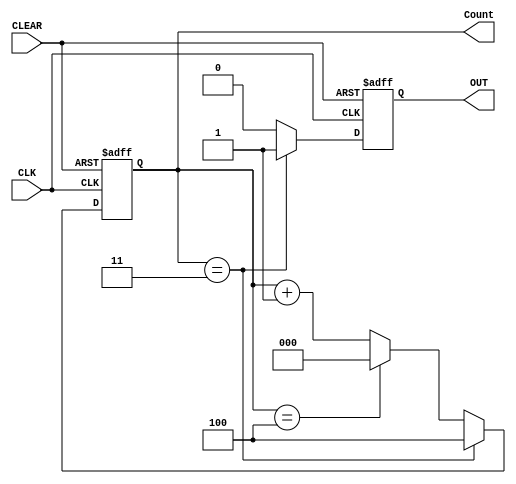


// Behavioural model for 5 state counter (it counts till 5 and produces a signal as soon as a 5th event occurs)
// This is a N stage counter where changing N can allow to triger a signal when Nth event occurs

module divideBy5Counter (CLK, CLEAR, OUT, Count);


	parameter N = 3'd5; // d5 = decimal 5 and 3 specifies that four bits will be required to represent the number 5 in binary
	parameter bitField = 3; // since 3 binary bits are needed to represent 5 in binary bitfield = 3
	
	input CLK, CLEAR;
	output reg [bitField-1 : 0] Count; 
	output reg OUT; 
	
	always@ (negedge CLK, negedge CLEAR) // execute the block on falling edge of CLK and CLEAR
		begin
			
			if (CLEAR == 1'b0) // Reset the counter and OFF the signal when CLEAR is pressed
				begin Count <= 3'b0; OUT <= 1'b0; end
				
			else	
				begin // Count starts at 0 so (N-1) is the last state and it should triger signal as soon as the last state occurs
					if (Count == N - 2'd2) begin OUT <= 1'b1; Count <= N - 1'd1; end
					
					else if (Count == N-1'd1) begin OUT <= 1'b0; Count <= 0; end
					
					else begin OUT <= 1'b0; Count <= Count + 1'd1; end
				end
				
		end
		
endmodule